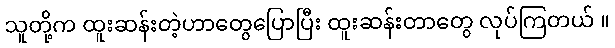
သူတို့က ထူးဆန်းတဲ့ဟာတွေပြောပြီး ထူးဆန်းတာတွေ လုပ်ကြတယ် ။